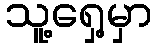
သူ့ရှေ့မှာ